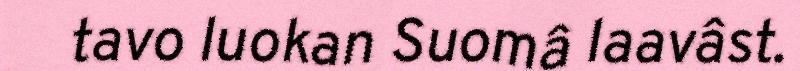
tavo luokan Suomâ laavâst.